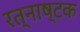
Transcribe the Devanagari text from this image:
रत्नाष्टक